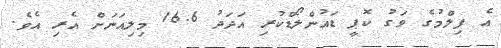
އެ ފިލްމުގެ ވަގު ކޮޕީ ޑައުންލޯޑްކުރި އަދަދު 16.6 މިލިއަނަށް އެރި އެވެ.